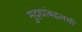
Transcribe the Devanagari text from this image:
मुद्द्यांबद्दलची